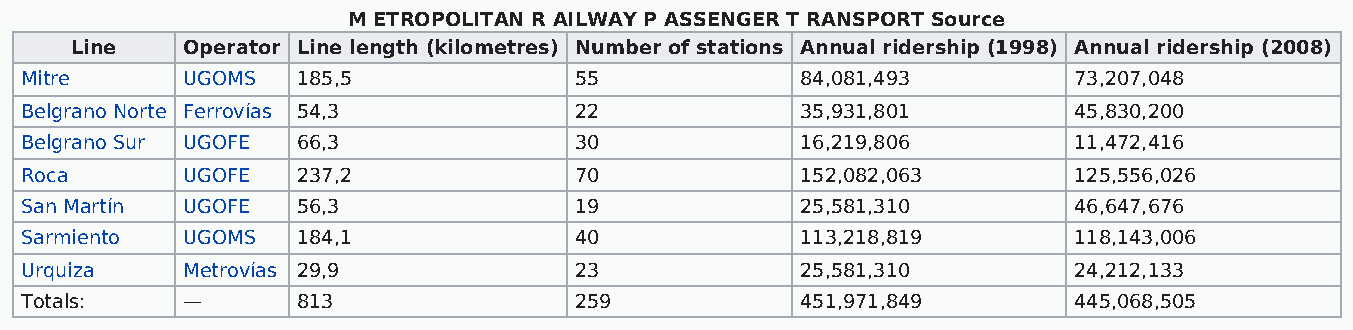
M ETROPOLITAN R AILWAY P ASSENGER T RANSPORT Source
 Line   Operator Line length (kilometres) Number of stations Annual ridership (1998) Annual ridership (2008)
 Mitre      UGOMS   185,5             55             84,081,493        73,207,048
 Belgrano Norte Ferrovías 54,3        22             35,931,801        45,830,200
 Belgrano Sur UGOFE 66,3              30             16,219,806        11,472,416
 Roca       UGOFE   237,2             70             152,082,063       125,556,026
 San Martín UGOFE   56,3              19             25,581,310        46,647,676
 Sarmiento  UGOMS   184,1             40             113,218,819       118,143,006
 Urquiza    Metrovías 29,9            23             25,581,310        24,212,133
 Totals:    —       813               259            451,971,849       445,068,505